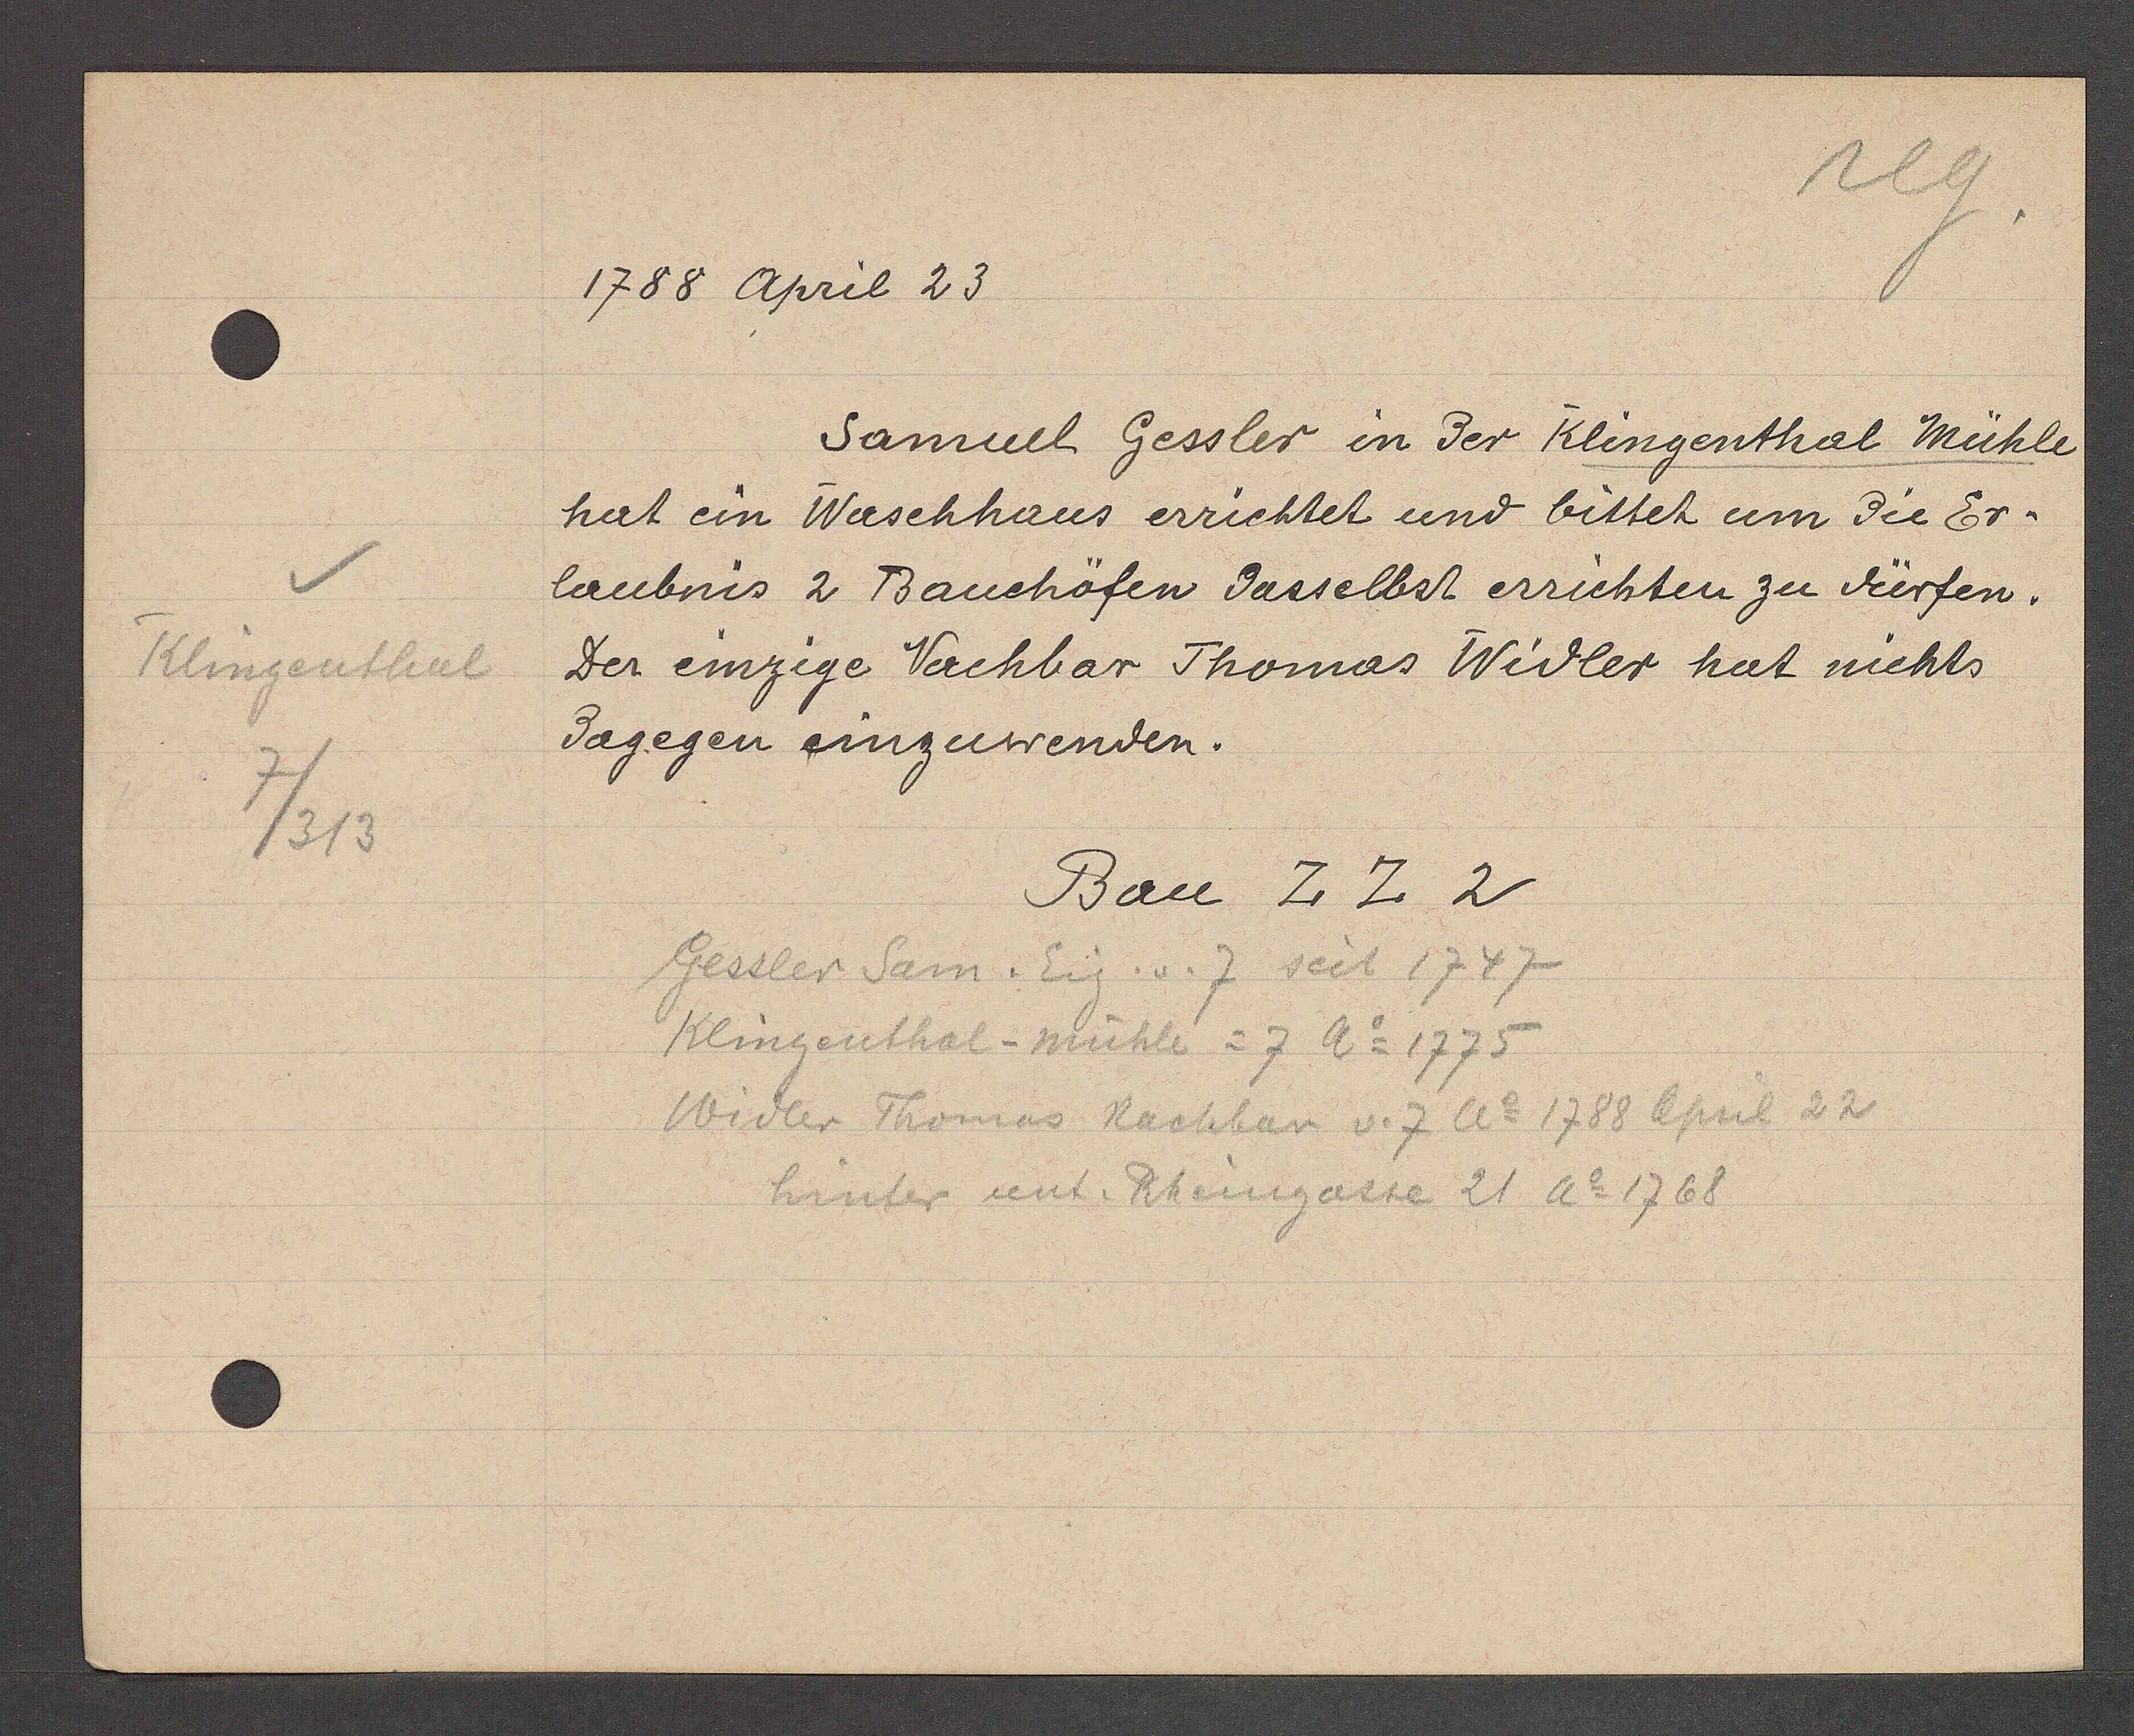
Transcript:
Klingenthal
7/313

1788 April 23

Bau Z Z 2

Gessler Sam. Eig. v. 7 seit 1747
Klingenthol-mühle = 7 Ao 1775
Widler Thomas Nachbar v. 7 Ao 1788 April 22
hinter unt. Rheingasse 21 Ao 1768

Samul Gessler in der Klingenthal Mühle
hat ein Waschhaus errichtet und bittet um die Er-
laubnis 2 Bauchöfen dasselbst errichten zu dürfen.
der einzege Nachbar Thomas Widler hat nichts
dagegen einzuwenden.